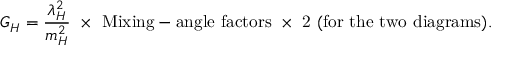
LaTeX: G _ { H } = \frac { \lambda _ { H } ^ { 2 } } { m _ { H } ^ { 2 } } \mathrm { ~ \times ~ M i x i n g - a n g l e ~ f a c t o r s ~ \times ~ 2 ~ ( f o r ~ t h e ~ t w o ~ d i a g r a m s ) . }